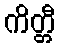
ကိတ္တီ